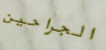
الجراحين